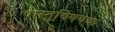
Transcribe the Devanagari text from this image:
वास्तुवि़षयक